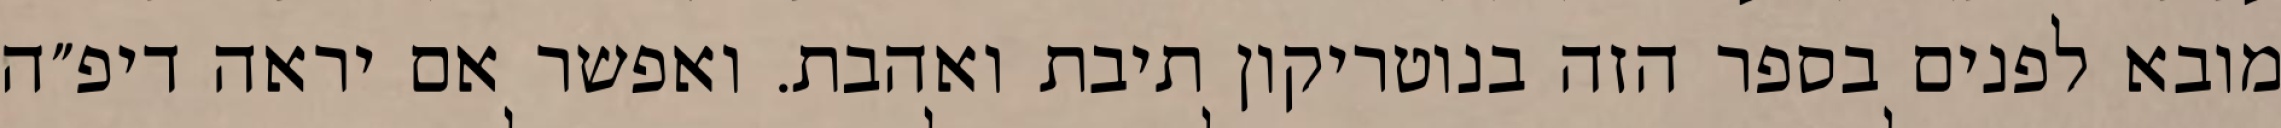
מובא לפנים בספר הזה בנוטריקון תיבת ואהבת. ואפשר אם יראה דיפ״ה